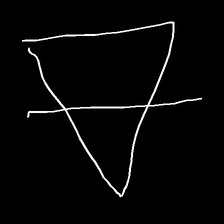
Glyph: empower